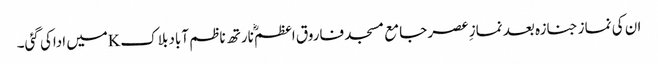
ان کی نماز جنازہ بعد نمازِ عصر جامع مسجد فاروق اعظمؓ نارتھ ناظم آباد بلاکKمیں اداکی گئی۔